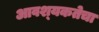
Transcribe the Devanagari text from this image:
आवश्‍यकतेचा